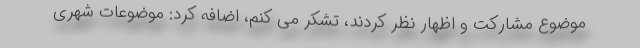
موضوع مشارکت و اظهار نظر کردند، تشکر می کنم، اضافه کرد: موضوعات شهری